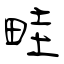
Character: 畦